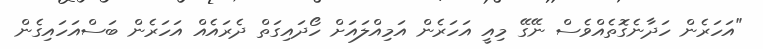
"އަހަރެން ހަދާނެގޮތެއްވެސް ނޭގޭ މިއީ އަހަރެން އަމިއްލައަށް ހޯދައިގަތް ދެރައެއް އަހަރެން ބަސްއަހައިގެން